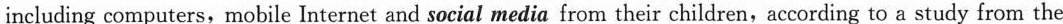
young.Now for the first time，the teachers become the students and the students become the teachers。